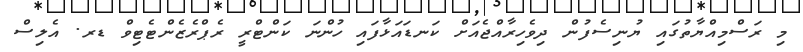
މި ރަސްމިއްޔާތުގައި ޔުނިސެފުން ދިވެހިރާއްޖެއަށް ކަނޑައަޅާފައި ހުންނަ ކަންޓްރީ ރެޕްރެޒެންޓެޓިވް ޑރ. އެލިސް